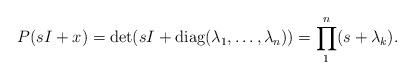
LaTeX: \begin{align*}\begin{aligned}P(sI+x)=\det(sI+\operatorname {diag} (\lambda_1 ,\dots,\lambda_n) )=\prod\limits_1^n(s+\lambda_k ).\end{aligned}\end{align*}